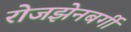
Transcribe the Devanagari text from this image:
रोजझेनबर्गी